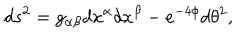
LaTeX: d s ^ { 2 } = g _ { \alpha \beta } d x ^ { \alpha } d x ^ { \beta } - e ^ { - 4 \phi } d \theta ^ { 2 } ,